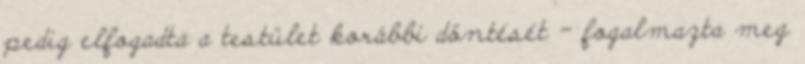
pedig elfogadta a testület korábbi döntését – fogalmazta meg